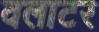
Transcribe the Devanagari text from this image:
वलाटर